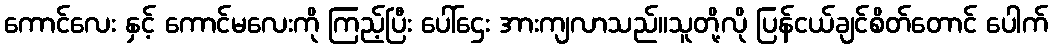
ကောင်လေး နှင့် ကောင်မလေးကို ကြည့်ပြီး ပေါ်ဌေး အားကျလာသည်။သူတို့လို ပြန်ငယ်ချင်စိတ်တောင် ပေါက်